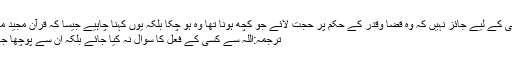
پس کسی کے لیے جائز نہیں کہ وہ قضا وقدر کے حکم پر حجت لائے جو کچھ ہونا تھا وہ ہو چکا بلکہ یوں کہنا چاہیے جیسا کہ قرآنِ مجید میں ہے:
ترجمہ:اللہ سے کسی کے فعل کا سوال نہ کیا جائے بلکہ ان سے پوچھا جائے گا۔